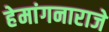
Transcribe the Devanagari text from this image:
हेमांगनाराजे